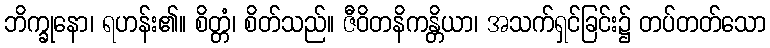
ဘိက္ခုနော၊ ရဟန်း၏။ စိတ္တံ၊ စိတ်သည်။ ဇီဝိတနိကန္တိယာ၊ အသက်ရှင်ခြင်း၌ တပ်တတ်သော